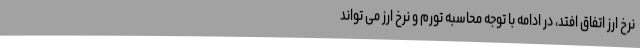
نرخ ارز اتفاق افتد، در ادامه با توجه محاسبه تورم و نرخ ارز می تواند